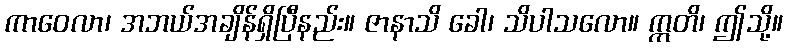
ကာဝေလာ၊ အဘယ်အချိန်ရှိပြီနည်း။ ဇာနာသိ ခေါ၊ သိပါသလော။ ဣတိ၊ ဤသို့။